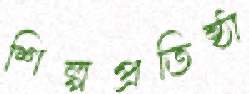
শিল্পপ্রতিষ্ঠা